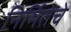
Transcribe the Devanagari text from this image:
निर्मितेचे